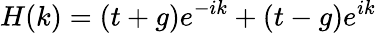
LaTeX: H(k)=(t+g)e^{-ik}+(t-g)e^{ik}